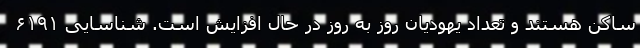
ساکن هستند و تعداد یهودیان روز به روز در حال افزایش است. شناسایی ۶۱۹۱